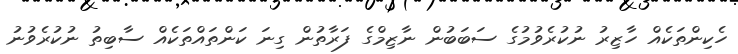
ހެކިންތަކެއް ހާޒިރު ނުކުރެވުމުގެ ސަބަބުން ނާޒިމްގެ ފަރާތުން ގިނަ ކަންތައްތަކެއް ސާބިތު ނުކުރެވުނު